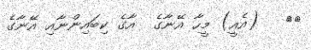
٣٦   (އެއީ) މީހާ އޭނާގެ  އާގެ ކިބައިންނާއި އޭނާގެ